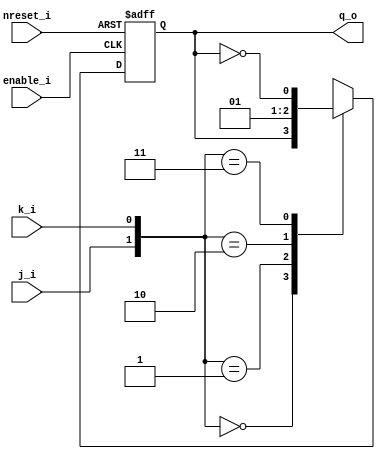
module FFJK(
    input j_i,
    input k_i,
    input nreset_i,
    input enable_i,

    output reg q_o
    );

    always @(posedge enable_i or negedge nreset_i) begin
        if (~nreset_i) q_o <= 0;
        else begin
            case ({j_i, k_i})
                2'b00: q_o <= q_o;
                2'b01: q_o <= 0;
                2'b10: q_o <= 1;
                2'b11: q_o <= ~q_o;
            endcase
        end
    end

endmodule